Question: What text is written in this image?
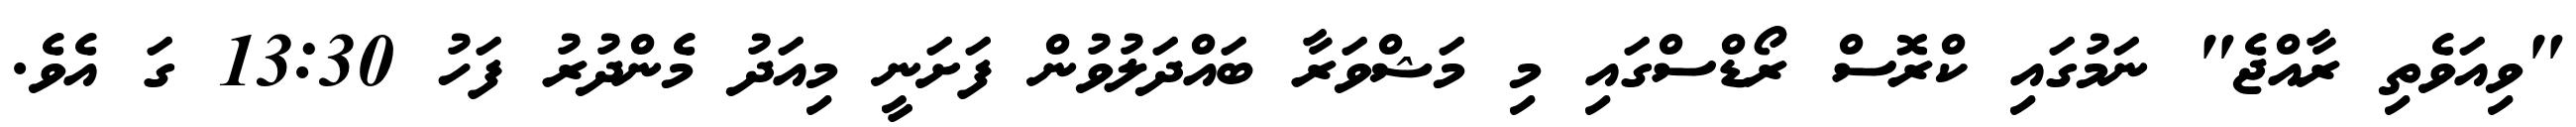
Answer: "ވިއަވެތި ރާއްޖެ" ނަމުގައި ކްރޮސް ރޯޑްސްގައި މި މަޝްވަރާ ބައްދަލުވުން ފަށަނީ މިއަދު މެންދުރު ފަހު 13:30 ގަ އެވެ.